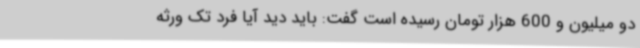
دو میلیون و 600 هزار تومان رسیده است گفت: باید دید آیا فرد تک ورثه